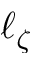
\ell _ { \zeta }